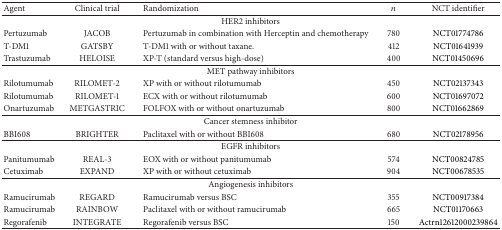
| Agent | Clinical trial | Randomization | n | NCT identifier |
 | --- | --- | --- | --- | --- |
 | <COLSPAN=5> HER2 inhibitors |
 | Pertuzumab | JACOB | Pertuzumab in combination with Herceptin and chemotherapy | 780 | NCT01774786 |
 | T-DM1 | GATSBY | T-DM1 with or without taxane. | 412 | NCT01641939 |
 | Trastuzumab | HELOISE | XP-T (standard versus high-dose) | 400 | NCT01450696 |
 | <COLSPAN=5> MET pathway inhibitors |
 | Rilotumumab | RILOMET-2 | XP with or without rilotumumab | 450 | NCT02137343 |
 | Rilotumumab | RILOMET-1 | ECX with or without rilotumumab | 600 | NCT01697072 |
 | Onartuzumab | METGASTRIC | FOLFOX with or without onartuzumab | 800 | NCT01662869 |
 | <COLSPAN=5> Cancer stemness inhibitor |
 | BBI608 | BRIGHTER | Paclitaxel with or without BBI608 | 680 | NCT02178956 |
 | <COLSPAN=5> EGFR inhibitors |
 | Panitumumab | REAL-3 | EOX with or without panitumumab | 574 | NCT00824785 |
 | Cetuximab | EXPAND | XP with or without cetuximab | 904 | NCT00678535 |
 | <COLSPAN=5> Angiogenesis inhibitors |
 | Ramucirumab | REGARD | Ramucirumab versus BSC | 355 | NCT00917384 |
 | Ramucirumab | RAINBOW | Paclitaxel with or without ramucirumab | 665 | NCT01170663 |
 | Regorafenib | INTEGRATE | Regorafenib versus BSC | 150 | Actrn12612000239864 |